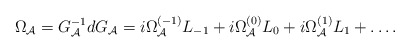
\begin{align*}\Omega_{\cal A}=G_{\cal A}^{-1}dG_{\cal A}=i\Omega_{\cal A}^{(-1)}L_{-1}+i\Omega_{\cal A}^{(0)}L_0+i\Omega_{\cal A}^{(1)}L_1+\ldots.\end{align*}